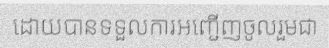
ដោយបានទទួលការអញ្ជើញចូលរួមជា